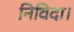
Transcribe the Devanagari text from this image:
निविदा।